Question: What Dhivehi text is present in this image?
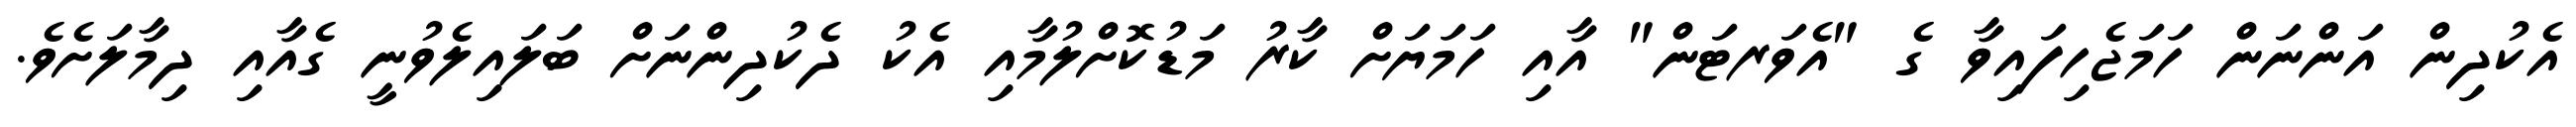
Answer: އެކުދިން އަންނަން ހަމަޖެހިފައިވާ ގެ "އެވަރޓަން" އާއި ހަމަޔަށް ކާރު މަޑުކޮށްލުމާއި އެކު ދެކުދިންނަށް ބަލައިލެވުނީ ގެއާއި ދިމާލަށެވެ.